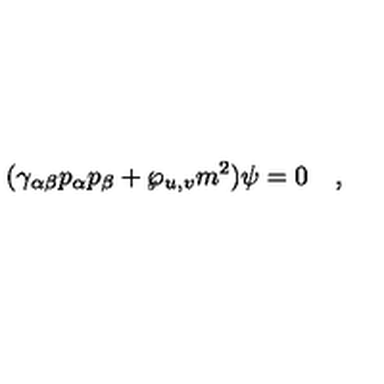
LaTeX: ( \gamma _ { \alpha \beta } p _ { \alpha } p _ { \beta } + \wp _ { u , v } m ^ { 2 } ) \psi = 0 \quad ,